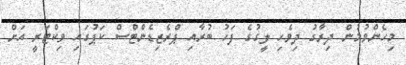
މިހެންވުމުން ދިރާގު ދިވެހި ލީގުގެ ފަހު ބުރާއި ޕްރެޒިޑެންޓްސް ކަޕުގައި ވިކްޓަރީ އަށް